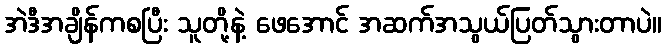
အဲဒီအချိန်ကစပြီး သူတို့နဲ့ ဖေအောင် အဆက်အသွယ်ပြတ်သွားတာပဲ။